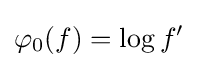
\varphi _{0}(f)=\log f'